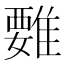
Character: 𩀄